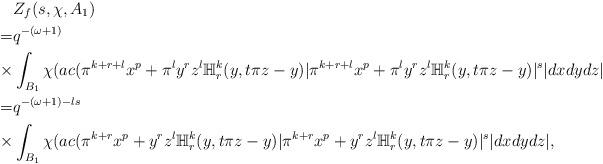
LaTeX: \begin{align*}&Z_f(s, \chi, A_1)\\=&q^{-(\omega+1)}\\\times&\int_{B_1}\chi(ac(\pi^{k+r+l}x^p+\pi^ly^rz^l\mathbb{H}_r^k(y, t\pi z-y)|\pi^{k+r+l}x^p+\pi^ly^rz^l\mathbb{H}_r^k(y, t\pi z-y)|^s|dxdydz|\\=&q^{-(\omega+1)-ls}\\\times&\int_{B_1}\chi(ac(\pi^{k+r}x^p+y^rz^l\mathbb{H}_r^k(y, t\pi z-y)|\pi^{k+r}x^p+y^rz^l\mathbb{H}_r^k(y, t\pi z-y)|^s|dxdydz|,\end{align*}